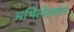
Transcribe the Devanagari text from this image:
अभिलेखांत